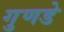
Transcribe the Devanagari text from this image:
गुणडे